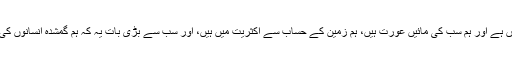
عورت جو اس خلق کی تخلیق کا بنیادی ماخذ ہے، عورت زمین ہے، زمین ماں ہے اور ہم سب کی مائیں عورت ہیں، ہم زمین کے حساب سے اکثریت میں ہیں، اور سب سے بڑی بات یہ کہ ہم گمشدہ انسانوں کی فہرست سے لیکر تشدد زدہ لاشوں کے اعتبار سے بھی میدان مار چکے ہیں۔